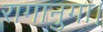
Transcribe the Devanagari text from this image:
रागानुगा।